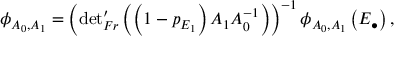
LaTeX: \phi _ { A _ { 0 } , A _ { 1 } } = \left( { \operatorname * { d e t } } _ { F r } ^ { \prime } \left( \left( 1 - p _ { E _ { 1 } } \right) A _ { 1 } A _ { 0 } ^ { - 1 } \right) \right) ^ { - 1 } \phi _ { A _ { 0 } , A _ { 1 } } \left( E _ { \bullet } \right) ,